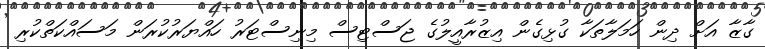
ގާޒާ އަށް ދިން ހަމަލާތަކާ ގުޅިގެން އިޒުރާއީލުގެ ޖަސްޓިސް މިނިސްޓަރު ހައްޔަރުކުރަން މަސައްކަތްކުރި